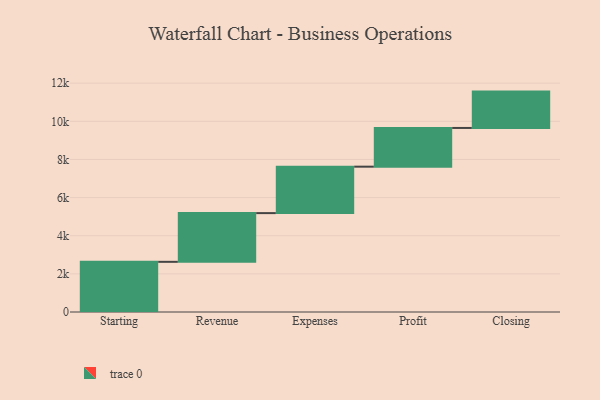
{"axis": {"x": "Step", "y": "Value"}, "legend": [""], "data": [{"x": "Starting", "y": 2631.0, "type": ""}, {"x": "Revenue", "y": 2555.0, "type": ""}, {"x": "Expenses", "y": 2435.0, "type": ""}, {"x": "Profit", "y": 2031.0, "type": ""}, {"x": "Closing", "y": 1906.0, "type": ""}]}